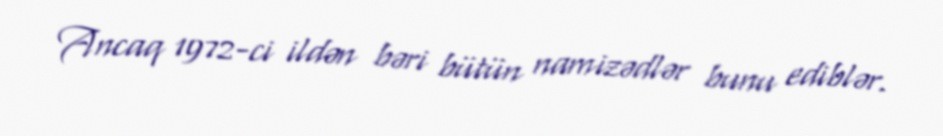
Ancaq 1972-ci ildən bəri bütün namizədlər bunu ediblər.